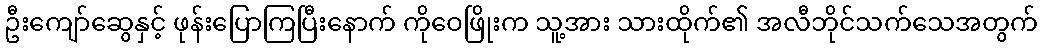
ဦးကျော်ဆွေနှင့် ဖုန်းပြောကြပြီးနောက် ကိုဝေဖြိုးက သူ့အား သားထိုက်၏ အလီဘိုင်သက်သေအတွက်